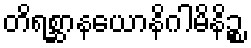
တိရစ္ဆာနယောနိဂါမိနိဉ္စ